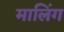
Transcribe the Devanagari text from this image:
मालिंग